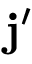
{ \bf { j } } ^ { \prime }